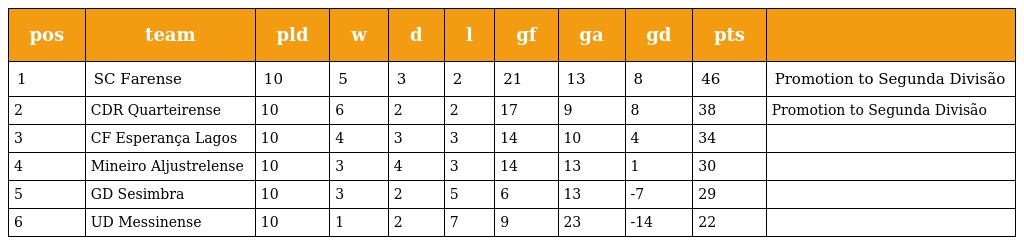
| pos | team | pld | w | d | l | gf | ga | gd | pts |  |
 | --- | --- | --- | --- | --- | --- | --- | --- | --- | --- | --- |
 | 1 | SC Farense | 10 | 5 | 3 | 2 | 21 | 13 | 8 | 46 | Promotion to Segunda Divisão |
 | 2 | CDR Quarteirense | 10 | 6 | 2 | 2 | 17 | 9 | 8 | 38 | Promotion to Segunda Divisão |
 | 3 | CF Esperança Lagos | 10 | 4 | 3 | 3 | 14 | 10 | 4 | 34 |  |
 | 4 | Mineiro Aljustrelense | 10 | 3 | 4 | 3 | 14 | 13 | 1 | 30 |  |
 | 5 | GD Sesimbra | 10 | 3 | 2 | 5 | 6 | 13 | -7 | 29 |  |
 | 6 | UD Messinense | 10 | 1 | 2 | 7 | 9 | 23 | -14 | 22 |  |